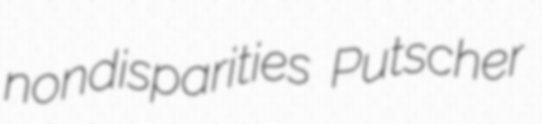
nondisparities Putscher